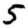
Digit: 5